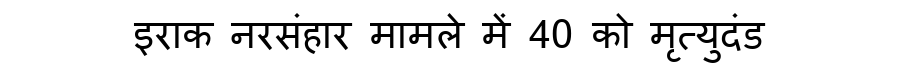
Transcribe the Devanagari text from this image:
इराक नरसंंहार मामले में 40 को मृत्युदंड